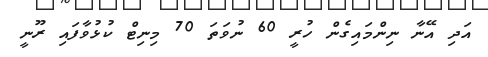
އަދި އޭނާ ނިންމައިގެން ހުރީ 60 ނުވަތަ 70 މިނިޓް ކުޅުވާފައި ރޫނީ